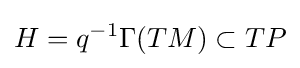
H=q^{-1}\Gamma (TM)\subset TP